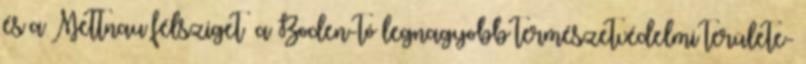
és a Mettnau félsziget –a Boden-tó legnagyobb természetvédelmi területe-